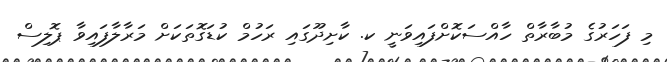
މި ފަހަރުގެ މުބާރާތް ހާއްސަކޮށްފައިވަނީ ކ. ކާށިދޫގައި ރަހުމް ކުޑަގޮތަކަށް މަރާލާފައިވާ ޕޮލިސް